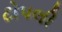
ટોપલી